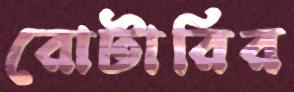
রোটারির